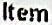
ITEM